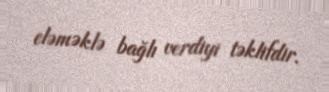
eləməklə bağlı verdiyi təklifdir.